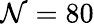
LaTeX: \mathcal{N}=80